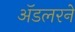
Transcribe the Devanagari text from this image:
ॲडलरने